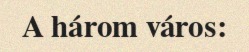
A három város: